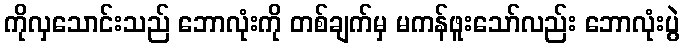
ကိုလှသောင်းသည် ဘောလုံးကို တစ်ချက်မှ မကန်ဖူးသော်လည်း ဘောလုံးပွဲ